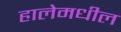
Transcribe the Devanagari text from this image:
हालेमधील